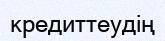
кредиттеудің